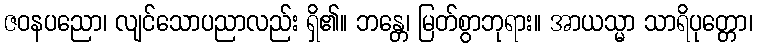
ဇဝနပညော၊ လျင်သောပညာလည်း ရှိ၏။ ဘန္တေ၊ မြတ်စွာဘုရား။ အာယသ္မာ သာရိပုတ္တော၊